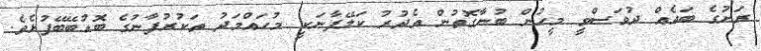
ރަށުގެ ބައެއް ދުވަސްވީ މީހުން ބުނާގޮތުން އެދުރު ކަލޭފާނަކީ މުހައްމަދު ތަކުރުފާނުގެ ބޮޑުބޭބޭފުޅެވެ.